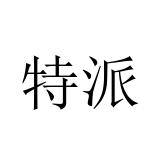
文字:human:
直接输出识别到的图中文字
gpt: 特派